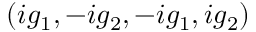
( i g _ { 1 } , - i g _ { 2 } , - i g _ { 1 } , i g _ { 2 } )